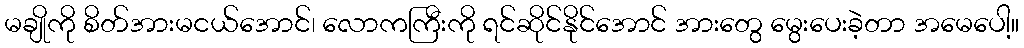
မချိုကို စိတ်အားမငယ်အောင်၊ လောကကြီးကို ရင်ဆိုင်နိုင်အောင် အားတွေ မွေးပေးခဲ့တာ အမေပေါ့။